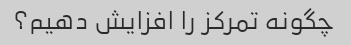
چگونه تمرکز را افزایش دهیم؟